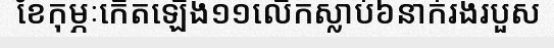
ខែកុម្ភៈកើតឡើង១១លើកស្លាប់៦នាក់រងរបួស